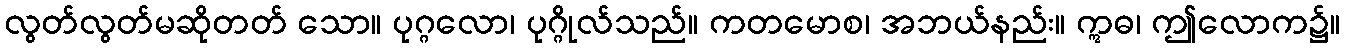
လွတ်လွတ်မဆိုတတ် သော။ ပုဂ္ဂလော၊ ပုဂ္ဂိုလ်သည်။ ကတမောစ၊ အဘယ်နည်း။ ဣဓ၊ ဤလောက၌။